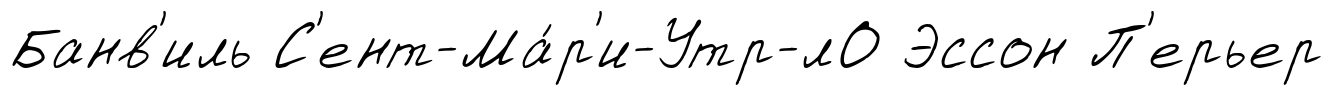
Банв'иль С'ент-Ма́р'и-Утр-лО Эссон П'ерьер